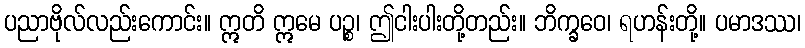
ပညာဗိုလ်လည်းကောင်း။ ဣတိ ဣမေ ပဉ္စ၊ ဤငါးပါးတို့တည်း။ ဘိက္ခဝေ၊ ရဟန်းတို့။ ပမာဒဿ၊